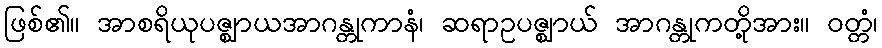
ဖြစ်၏။ အာစရိယုပဇ္ဈာယအာဂန္တုကာနံ၊ ဆရာဥပဇ္ဈာယ် အာဂန္တုကတို့အား။ ဝတ္တံ၊